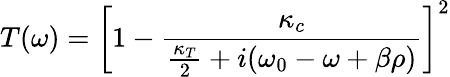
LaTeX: T(\omega)=\left[1-\frac{\kappa_{c}}{\frac{\kappa_{T}}{2}+i(\omega_{0}-\omega+\beta\rho)}\right]^{2}